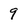
Character: 9